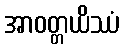
အာဝတ္တယိဿံ